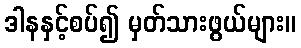
ဒါနနှင့်စပ်၍ မှတ်သားဖွယ်များ။